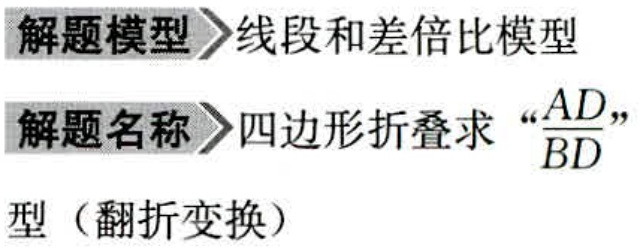
\begin{center}

解题模型 线段和差倍比模型\\

解题名称 四边形折叠求“\(\frac{AD}{BD}\)”型（翻折变换）

\end{center}